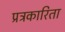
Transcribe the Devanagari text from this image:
प्रत्रकारिता